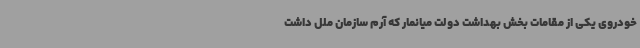
خودروی یکی از مقامات بخش بهداشت دولت میانمار که آرم سازمان ملل داشت